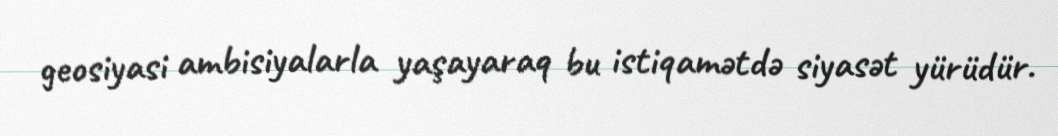
geosiyasi ambisiyalarla yaşayaraq bu istiqamətdə siyasət yürüdür.